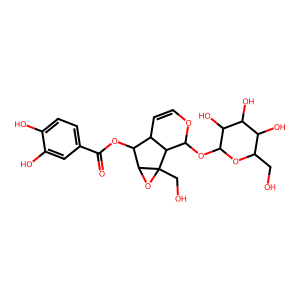
SMILES: O=C(OC1C2C=COC(OC3OC(CO)C(O)C(O)C3O)C2C2(CO)OC12)c1ccc(O)c(O)c1
Inhibits HIV replication: No